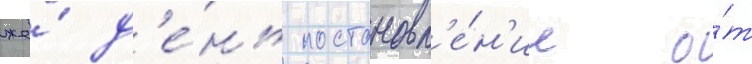
же́ д'е́нь постановл'е́н'ие о́т